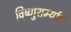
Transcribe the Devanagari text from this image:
विष्णुशर्म्याचे